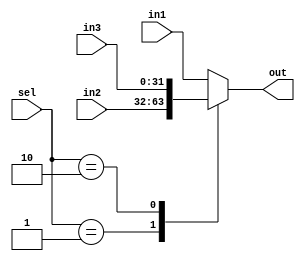
module muxNbit_3_1 #(
    parameter N = 32
) (
    input [1:0] sel,
    input [N-1:0] in1, in2, in3,
    output reg [N-1:0] out
);
    always @(*) begin
        case (sel)
            2'b00:
                out <= in1;
            2'b01:
                out <= in2;
            2'b10:
                out <= in3;
            default: begin
                out <= in1;
            end
        endcase
    end
endmodule